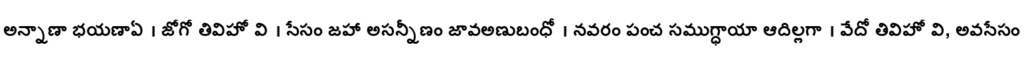
అన్నాణా భయణాఏ । జోగో తివిహో వి । సేసం జహా అసన్నీణం జావఅణుబంధో । నవరం పంచ సముగ్ధాయా ఆదిల్లగా । వేదో తివిహో వి, అవసేసం